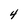
Character: 4